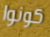
كونوا